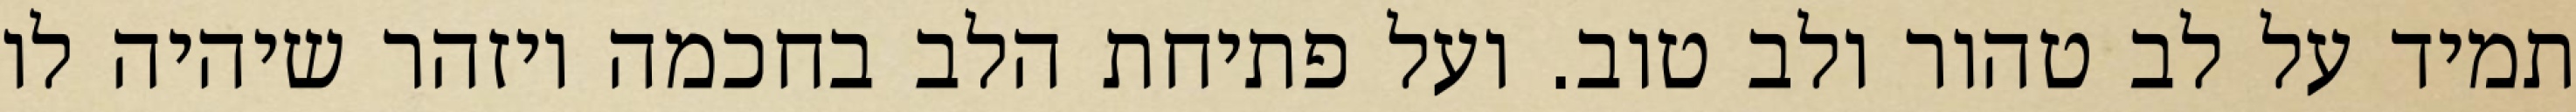
תמיד על לב טהור ולב טוב. ועל פתיחת הלב בחכמה ויזהר שיהיה לו